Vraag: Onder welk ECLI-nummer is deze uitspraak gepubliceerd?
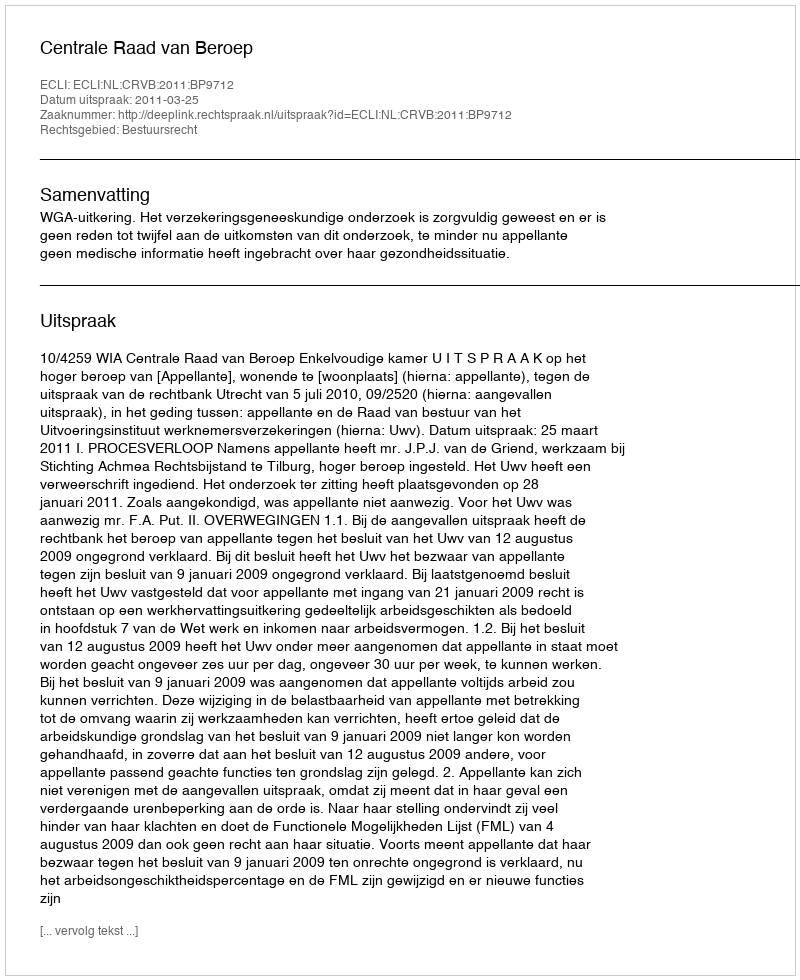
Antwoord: ECLI:NL:CRVB:2011:BP9712